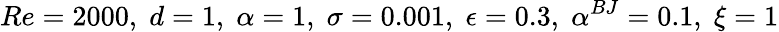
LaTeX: Re=2000,\; d=1,\; \alpha=1,\; \sigma=0.001,\; \epsilon=0.3,\; \alpha^{BJ}=0.1,\; \xi=1